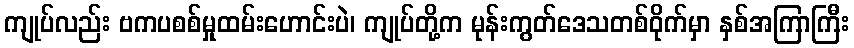
ကျုပ်လည်း ဗကပစစ်မှုထမ်းဟောင်းပဲ၊ ကျုပ်တို့က မုန်းကွတ်ဒေသတစ်ဝိုက်မှာ နှစ်အကြာကြီး